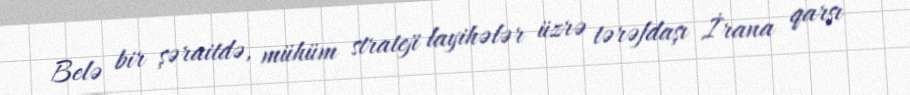
Belə bir şəraitdə, mühüm strateji layihələr üzrə tərəfdaşı İrana qarşı